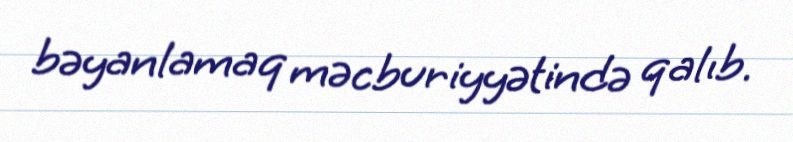
bəyanlamaq məcburiyyətində qalıb.